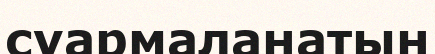
суармаланатын